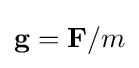
\mathbf {g} =\mathbf {F} /m\,\!